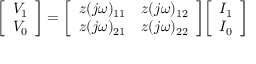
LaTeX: { \left[ \begin{array} { l } { V _ { 1 } } \\ { V _ { 0 } } \end{array} \right] } = { \left[ \begin{array} { l l } { z ( j \omega ) _ { 1 1 } } & { z ( j \omega ) _ { 1 2 } } \\ { z ( j \omega ) _ { 2 1 } } & { z ( j \omega ) _ { 2 2 } } \end{array} \right] } { \left[ \begin{array} { l } { I _ { 1 } } \\ { I _ { 0 } } \end{array} \right] }